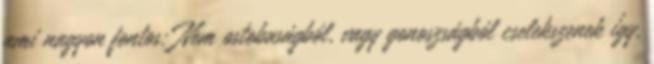
ami nagyon fontos: Nem ostobaságból, vagy gonoszságból cselekszenek így,